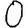
Digit: 0